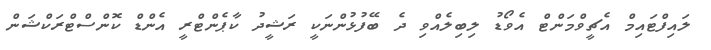
ލައިފްޓައިމް އެޗީވްމަންޓް އެވޯޑު ލިބިލެއްވި ދެ ބޭފުޅުންނަކީ ރަޝީދު ކާޕެންޓްރީ އެންޑް ކޮންސްޓްރަކްޝަން